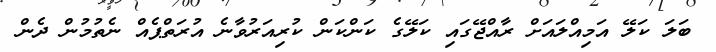
ބަލަ ކަލޭ އަމިއްލައަށް ރާއްޖޭގައި ކަލޭގެ ކަންކަން ކުރިއަރުވާނެ އުރަތްޕެއް ނެތުމުން ދެން